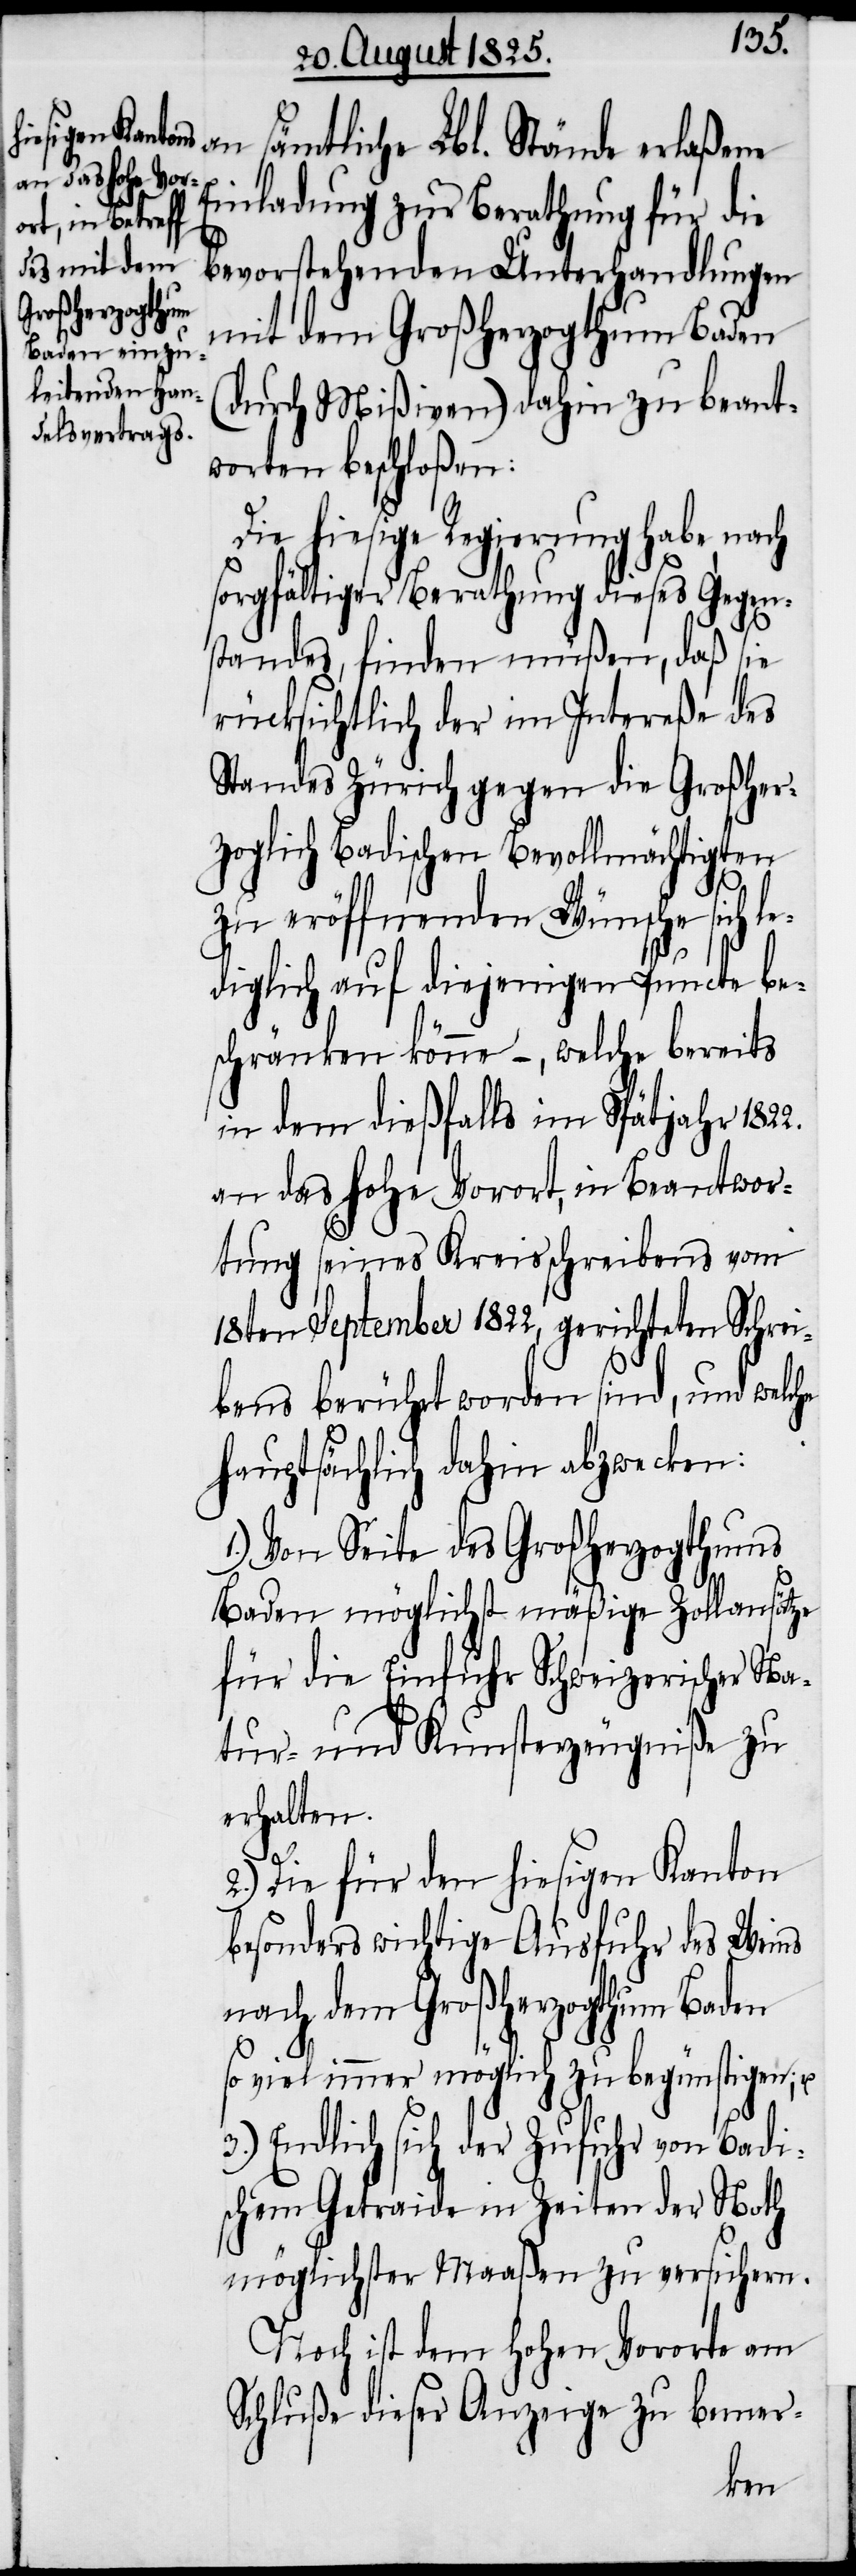
an sämtliche Lbl. Stände erlaßene
Einladung zur Berathung für die
bevorstehenden Unterhandlungen
mit dem Großherzogthum Baden
(durch Mißiven) dahin zu beant¬
worten beschloßen:
Die hiesige Regierung habe nach
sorgfältiger Berathung dieses Gegen¬
standes, finden müßen, daß sie
rücksichtlich der im Intereße des
Standes Zürich gegen die Großher¬
zoglich Badischen Bevollmächtigten
zu eröffnenden Wünsche sich l¬
ediglich auf diejenigen Puncte be¬
schränken könne –, welche bereits
in dem dießfalls im Spätjahr 1822.
an das hohe Vorort, in Beantwor¬
tung seines Kreisschreibens vom
18ten September 1822, gerichteten Schrei¬
bens berührt worden sind, und welche
hauptsächlich dahin abzwecken:
1.) Von Seite des Großherzogthums
Baden möglichst mäßige Zollansätze
für die Einfuhr Schweizerischer Na¬
tur- und Kunsterzeugniße zu
erhalten.
2.) Die für den hiesigen Kanton
besonders wichtige Ausfuhr des Weins
nach dem Großherzogthum Baden
so viel immer möglich zu begünstigen; u.
3.) Endlich sich der Zufuhr von Badi¬
schen Getraide in Zeiten der Noth
möglichster Maaßen zu versichern.
Noch ist dem hohen Vororte am
Schluße dieser Anzeige zu bemer-